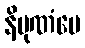
နိပုဏံပေ